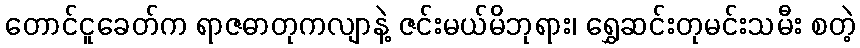
တောင်ငူခေတ်က ရာဇဓာတုကလျာနဲ့ ဇင်းမယ်မိဘုရား၊ ရွှေဆင်းတုမင်းသမီး စတဲ့